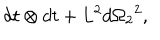
d t \otimes d t + { L ^ { 2 } } { d { \Omega _ { 2 } } } ^ { 2 } ,